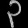
Digit: ၃